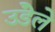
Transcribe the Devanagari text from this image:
उंडेले